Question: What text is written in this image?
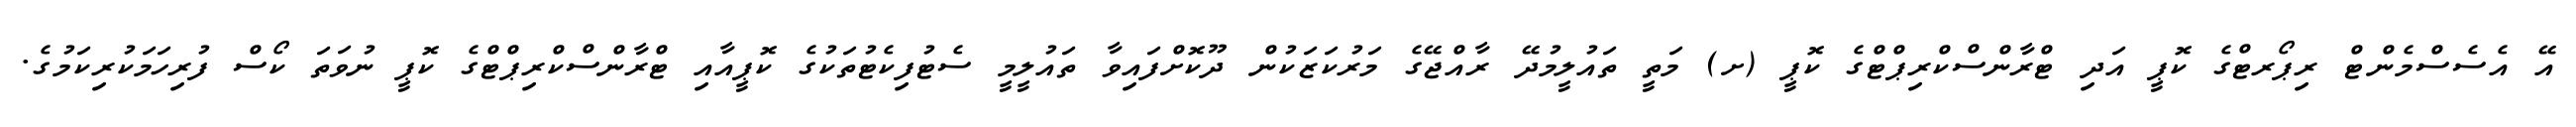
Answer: އޭ އެސެސްމެންޓް ރިޕޯރޓްގެ ކޮޕީ އަދި ޓްރާންސްކްރިޕްޓްގެ ކޮޕީ (ށ) މަތީ ތައުލީމުދޭ ރާއްޖޭގެ މަރުކަޒަކުން ދޫކޮށްފައިވާ ތައުލީމީ ސެޓުފިކެޓުތަކުގެ ކޮޕީއާއި ޓްރާންސްކްރިޕްޓްގެ ކޮޕީ ނުވަތަ ކޯސް ފުރިހަމަކުރިކަމުގެ.